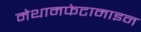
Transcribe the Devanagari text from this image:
मेथामफेटामाइन